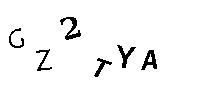
GZ2TYA